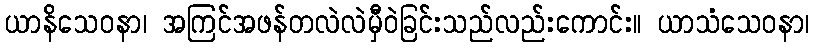
ယာနိသေဝနာ၊ အကြင်အဖန်တလဲလဲမှီဝဲခြင်းသည်လည်းကောင်း။ ယာသံသေဝနာ၊